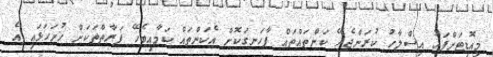
މިއޮޑިޓަށްފަހު އިސްލާހު ކުރަންޖެހޭ ކަންތައްތައް ފާހަނގަކޮށް އެކަންތައް ކަމާއިބެހޭ ފަރާތްތަކަށް ހުށަހަޅައި އެ